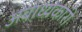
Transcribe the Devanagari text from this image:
अबाध्यकारी